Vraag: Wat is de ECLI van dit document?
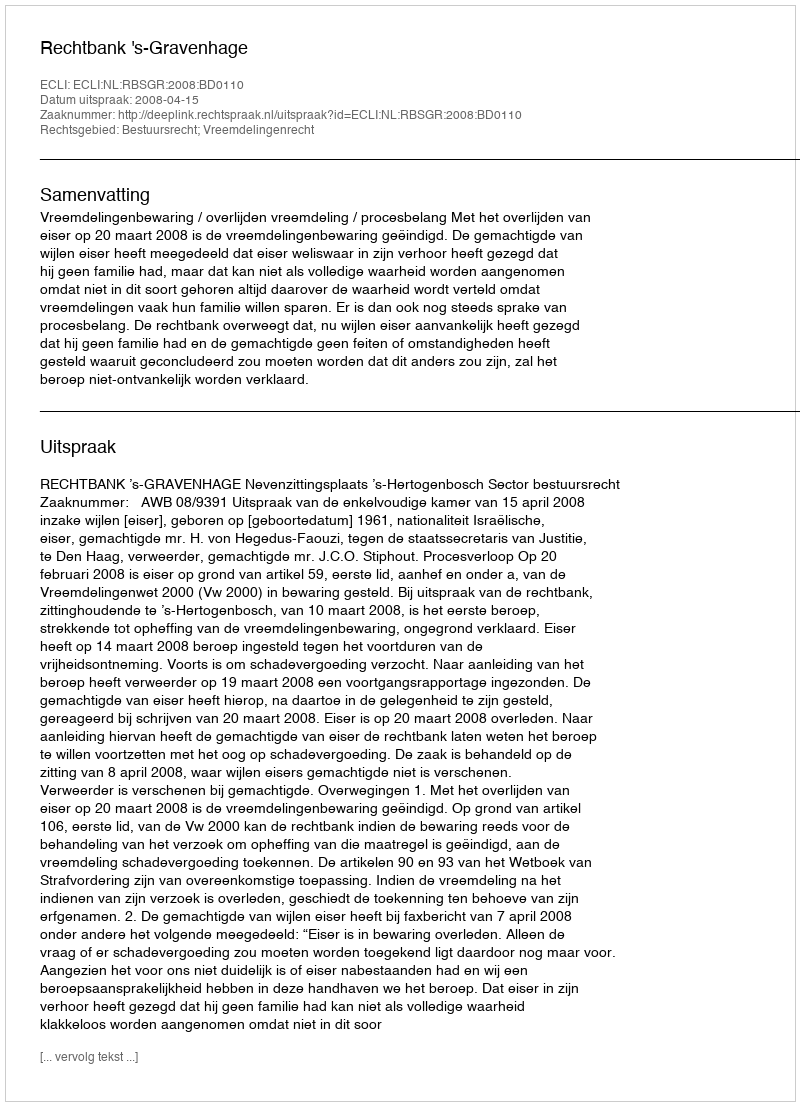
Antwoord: ECLI:NL:RBSGR:2008:BD0110